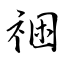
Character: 祵